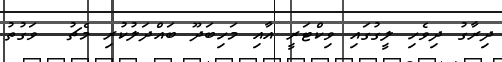
ދިރާގު ދިވެހި ލީގުގައި ވިކްޓަރީ އާއި މަހިބަދޫ ބައްދަލުކުރި މެޗު  ވަގުތު